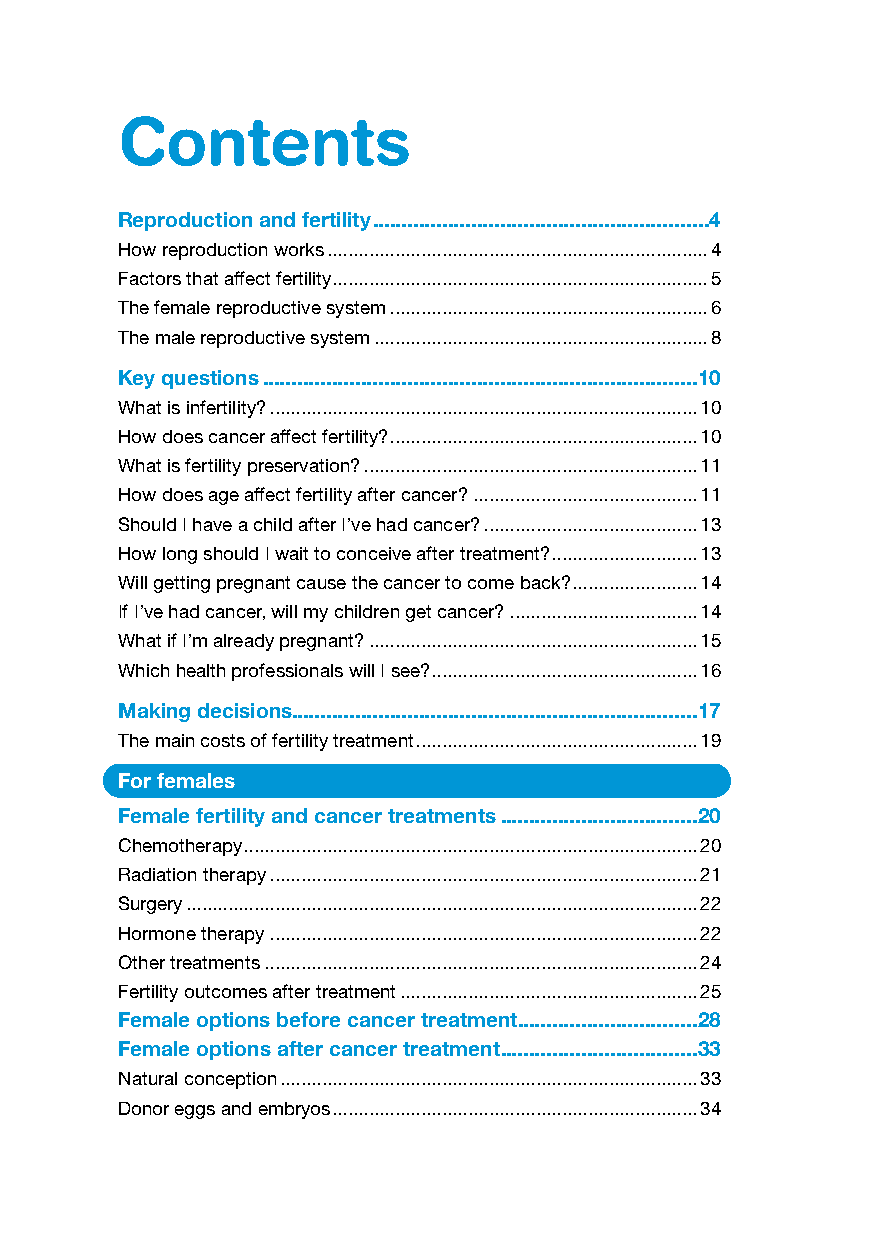
Contents
 Reproduction and fertility ..........................................................4
 How reproduction works .........................................................................4
 Factors that affect fertility ........................................................................5
 The female reproductive system .............................................................6
 The male reproductive system ................................................................8
 Key questions ...........................................................................10
 What is infertility? ..................................................................................10
 How does cancer affect fertility? ...........................................................10
 What is fertility preservation? ................................................................11
 How does age affect fertility after cancer? ...........................................11
 Should I have a child after I’ve had cancer? .........................................13
 How long should I wait to conceive after treatment? ............................13
 Will getting pregnant cause the cancer to come back? ........................14
 If I’ve had cancer, will my children get cancer? ....................................14
 What if I’m already pregnant? ...............................................................15
 Which health professionals will I see? ...................................................16
 Making decisions......................................................................17
 The main costs of fertility treatment ......................................................19
 For females
 Female fertility and cancer treatments ..................................20
 Chemotherapy .......................................................................................20
 Radiation therapy ..................................................................................21
 Surgery ..................................................................................................22
 Hormone therapy ..................................................................................22
 Other treatments ...................................................................................24
 Fertility outcomes after treatment .........................................................25
 Female options before cancer treatment ...............................28
 Female options after cancer treatment ..................................33
 Natural conception ................................................................................33
 Donor eggs and embryos ......................................................................34